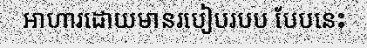
អាហារដោយមានរបៀបរបប បែបនេះ